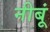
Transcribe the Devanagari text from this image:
नीबूं